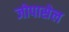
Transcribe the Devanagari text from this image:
जोपासेल